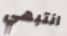
انتبهي